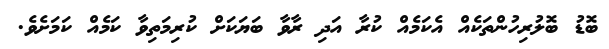
ބޮޑު ބޮލުރިހުންތަކެއް އެކަމެއް ކުރާ އަދި ރާވާ ބަޔަކަށް ކުރިމަތިވާ ކަމެއް ކަމަށެވެ.